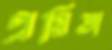
প্রমিতা